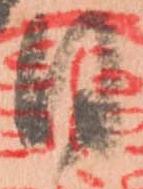
日